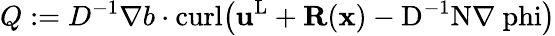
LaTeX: Q:=D^{-1}\nabla b\cdot\mathrm{curl\big({\mathbf{u}}^{L}+{\mathbf{R}}({\mathbf{x}})-D^{-1}N\nabla\ phi\big)}